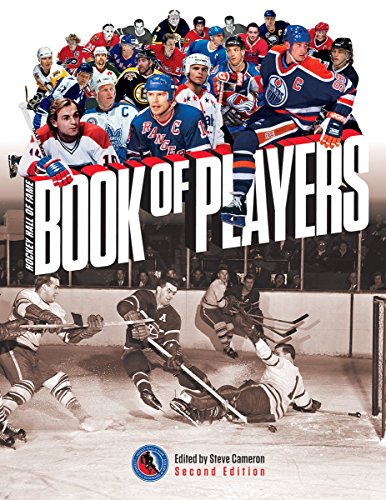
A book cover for Hockey Hall of Fame Book of Players; Biographies & Memoirs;